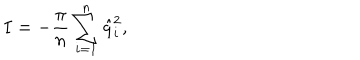
LaTeX: I = - { \frac { \pi } { n } } \sum _ { i = 1 } ^ { n } \hat { q } _ { i } ^ { 2 } ,